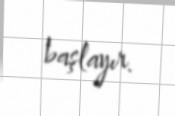
başlayır.